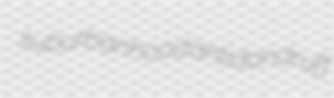
suburbanhood antidandruff